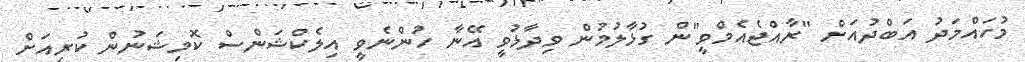
މުހައްމަދު އަބްދުއަށް "ރާއްޖެއެމްވީ"ން ގުޅާލުމުން ވިދާޅުވީ އޭނާ ހުންނެވީ އިލެކްޝަންސް ކޮމިޝަނުން ކުރިއަށް